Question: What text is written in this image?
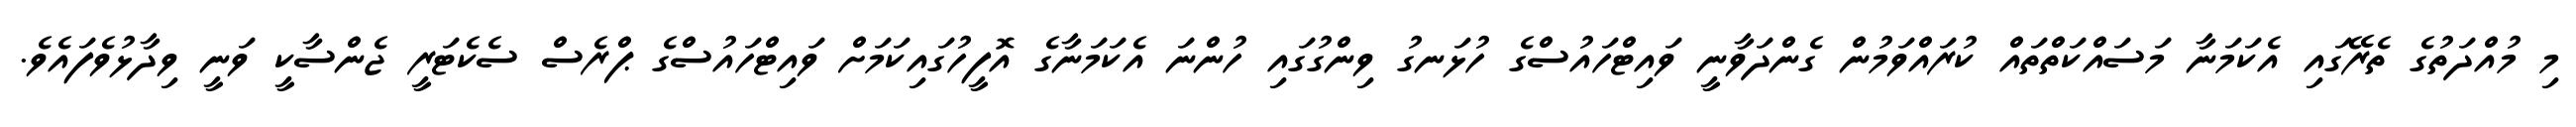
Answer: މި މުއްދަތުގެ ތެރޭގައި އެކަމަނާ މަސައްކަތްތައް ކުރައްވަމުން ގެންދަވާނީ ވައިޓްހައުސްގެ ހުޅަނގު ވިންގުގައި ހުންނަ އެކަމަނާގެ އޮފީހުގައިކަމަށް ވައިޓްހައުސްގެ ޕްރެސް ސެކެޓަރީ ޖެންސާކީ ވަނީ ވިދާޅުވެފައެވެ.